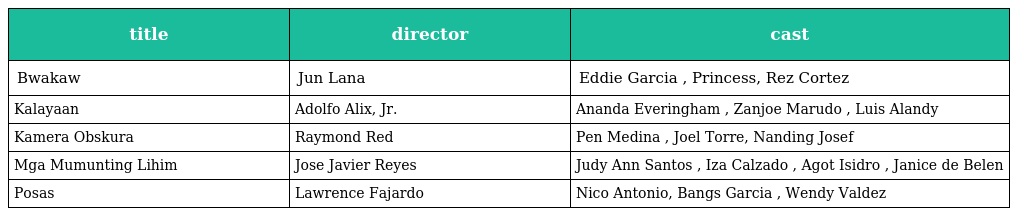
| title | director | cast |
 | --- | --- | --- |
 | Bwakaw | Jun Lana | Eddie Garcia , Princess, Rez Cortez |
 | Kalayaan | Adolfo Alix, Jr. | Ananda Everingham , Zanjoe Marudo , Luis Alandy |
 | Kamera Obskura | Raymond Red | Pen Medina , Joel Torre, Nanding Josef |
 | Mga Mumunting Lihim | Jose Javier Reyes | Judy Ann Santos , Iza Calzado , Agot Isidro , Janice de Belen |
 | Posas | Lawrence Fajardo | Nico Antonio, Bangs Garcia , Wendy Valdez |